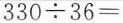
$$3 3 0 ÷ 3 6 =$$